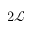
2 \mathcal { L }